Civil Veterinary Department Bengal reports 1923-33 - 1923-1933
Year: 1923
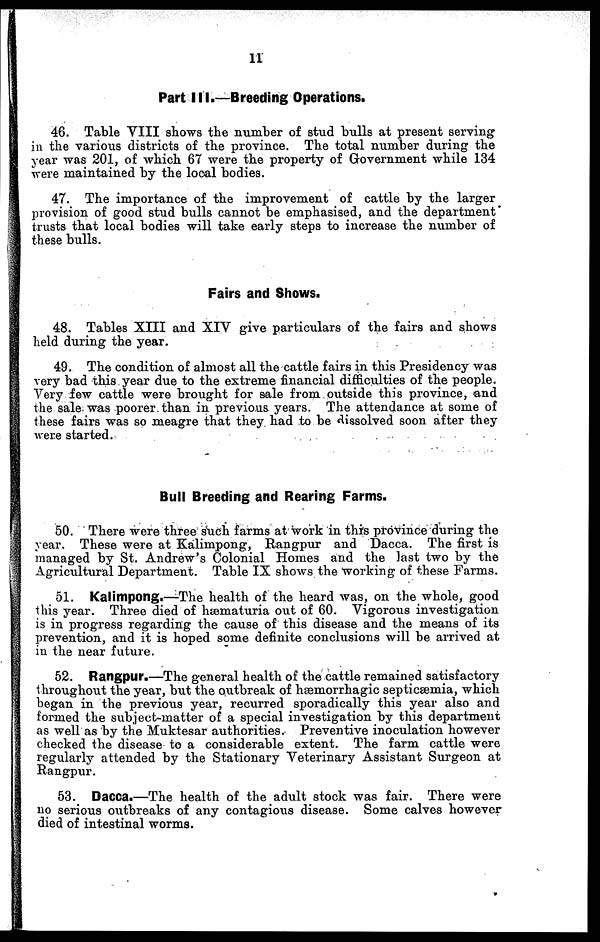
11
Part III.—Breeding Operations.
46. Table VIII shows the number of stud bulls at present serving
in the various districts of the province. The total number during the
year was 201, of which 87 were the property of Government while 134
were maintained by the local bodies.
47. The importance of the improvement of cattle by the larger
provision of good stud bulls cannot be emphasised, and the department
trusts that local bodies will take early steps to increase the number of
these bulls.
Fairs and Shows.
48. Tables XIII and XIV give particulars of the fairs and shows
held during the year.
49. The condition of almost all the cattle fairs in this Presidency was
very bad this year due to the extreme financial difficulties of the people.
Very few cattle were brought for sale from outside this province, and
the sale was poorer than in previous years. The attendance at some of
these fairs was so meagre that they had to be dissolved soon after they
were started.
Bull Breeding and Rearing Farms.
50. There were three such farms at work in this province during the
year. These were at Kalimpong, Rangpur and Dacca. The first is
managed by St. Andrew's Colonial Homes and the last two by the
Agricultural Department. Table IX shows the working of these Farms.
51. Kalimpong.—The health of the heard was, on the whole, good
this year. Three died of hæmaturia out of 60. Vigorous investigation
is in progress regarding the cause of this disease and the means of its
prevention, and it is hoped some definite conclusions will be arrived at
in the near future.
52. Rangpur.—The general health of the cattle remained satisfactory
throughout the year, but the outbreak of hæmorrhagic septicæmia, which
began in the previous year, recurred sporadically this year also and
formed the subject-matter of a special investigation by this department
as well as by the Muktesar authorities. Preventive inoculation however
checked the disease to a considerable extent. The farm cattle were
regularly attended by the Stationary Veterinary Assistant Surgeon at
Rangpur.
53. Dacca.—The health of the adult stock was fair. There were
no serious outbreaks of any contagious disease. Some calves however
died of intestinal worms.